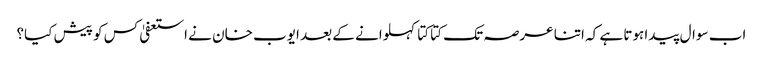
اب سوال پیدا ہوتا ہے کہ اتنا عرصہ تک کتا کتا کہلوانے کے بعد ایوب خان نے استعفیٰ کس کو پیش کیا؟